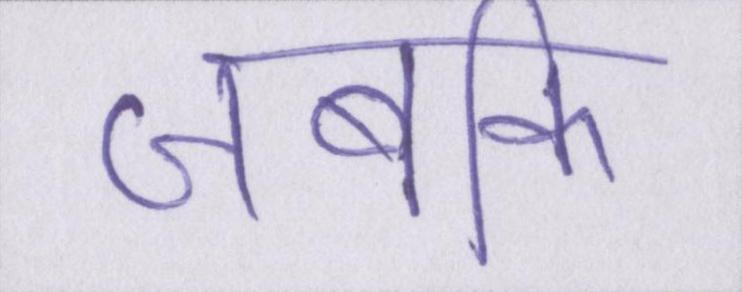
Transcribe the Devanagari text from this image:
जबकि